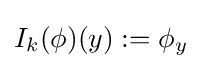
I_{k}(\phi )(y):=\phi _{y}